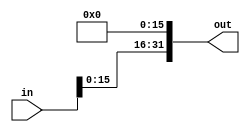
module shiftLeft16(in, out);

	input [31:0] in;
	
	output [31:0] out;
	
	assign out[31:16] = in[15:0];
	assign out[15:0] = 16'b0;

endmodule